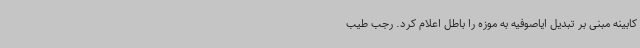
کابینه مبنی بر تبدیل ایاصوفیه به موزه را باطل اعلام کرد. رجب طیب